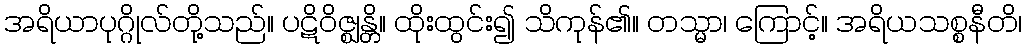
အရိယာပုဂ္ဂိုလ်တို့သည်။ ပဋိဝိဇ္ဈန္တိ။ ထိုးထွင်း၍ သိကုန်၏။ တသ္မာ၊ ကြောင့်။ အရိယသစ္စနီတိ၊